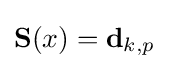
\mathbf {S} (x)=\mathbf {d} _{k,p}